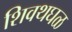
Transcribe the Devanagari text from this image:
शिवथघळ